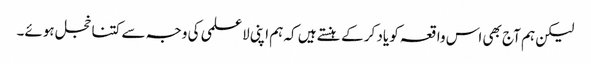
لیکن ہم آج بھی اس واقعہ کو یاد کر کے ہنستے ہیں کہ ہم اپنی لاعلمی کی وجہ سے کتنا خجل ہوئے۔